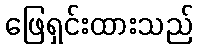
ဖြေရှင်းထားသည်